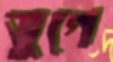
ভুগে